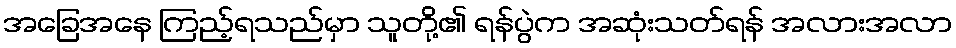
အခြေအနေ ကြည့်ရသည်မှာ သူတို့၏ ရန်ပွဲက အဆုံးသတ်ရန် အလားအလာ